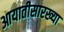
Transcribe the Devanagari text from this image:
आयातीसारख्या